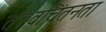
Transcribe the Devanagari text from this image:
तत्त्वचिंतनता